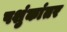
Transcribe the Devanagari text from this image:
पशुंकांतर